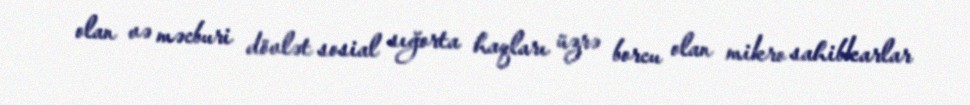
olan və məcburi dövlət sosial sığorta haqları üzrə borcu olan mikro sahibkarlar